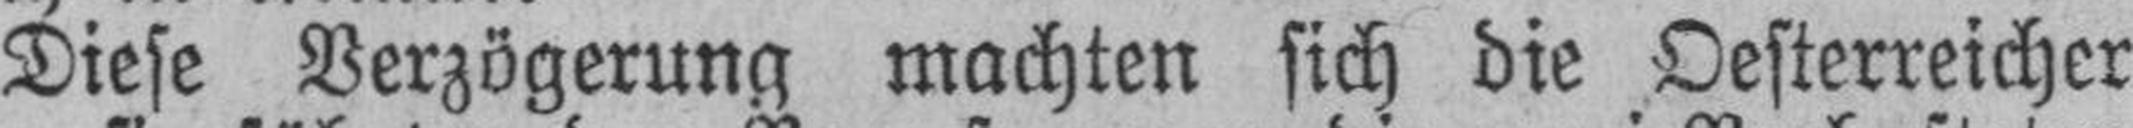
Diese Verzögerung machten sich die Oesterreicher